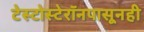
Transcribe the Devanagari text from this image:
टेस्टोस्टेरॉनपासूनही